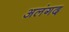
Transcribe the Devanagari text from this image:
अलंगद